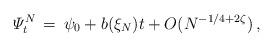
LaTeX: \begin{align*} \varPsi^N_t\, =\,\psi_0+ b(\xi_N) t+O(N^{-1/4+2\zeta})\, ,\end{align*}